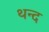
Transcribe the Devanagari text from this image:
थन्द